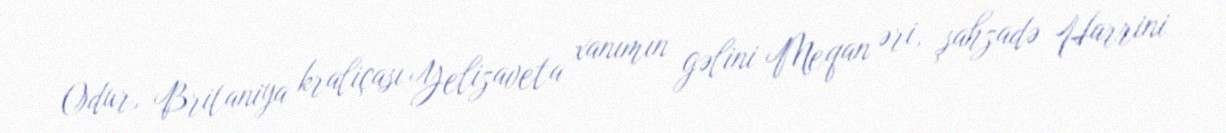
Odur, Britaniya kraliçası Yelizaveta xanımın gəlini Meqan əri, şahzadə Harrini